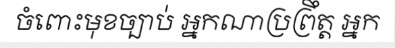
ចំពោះមុខច្បាប់ អ្នកណាប្រព្រឹត្ត អ្នក